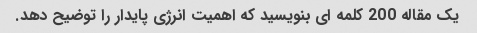
یک مقاله 200 کلمه ای بنویسید که اهمیت انرژی پایدار را توضیح دهد.